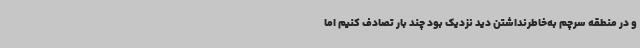
و در منطقه سرچم به‌خاطرنداشتن دید نزدیک بود چند بار تصادف کنیم اما